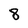
Character: 8